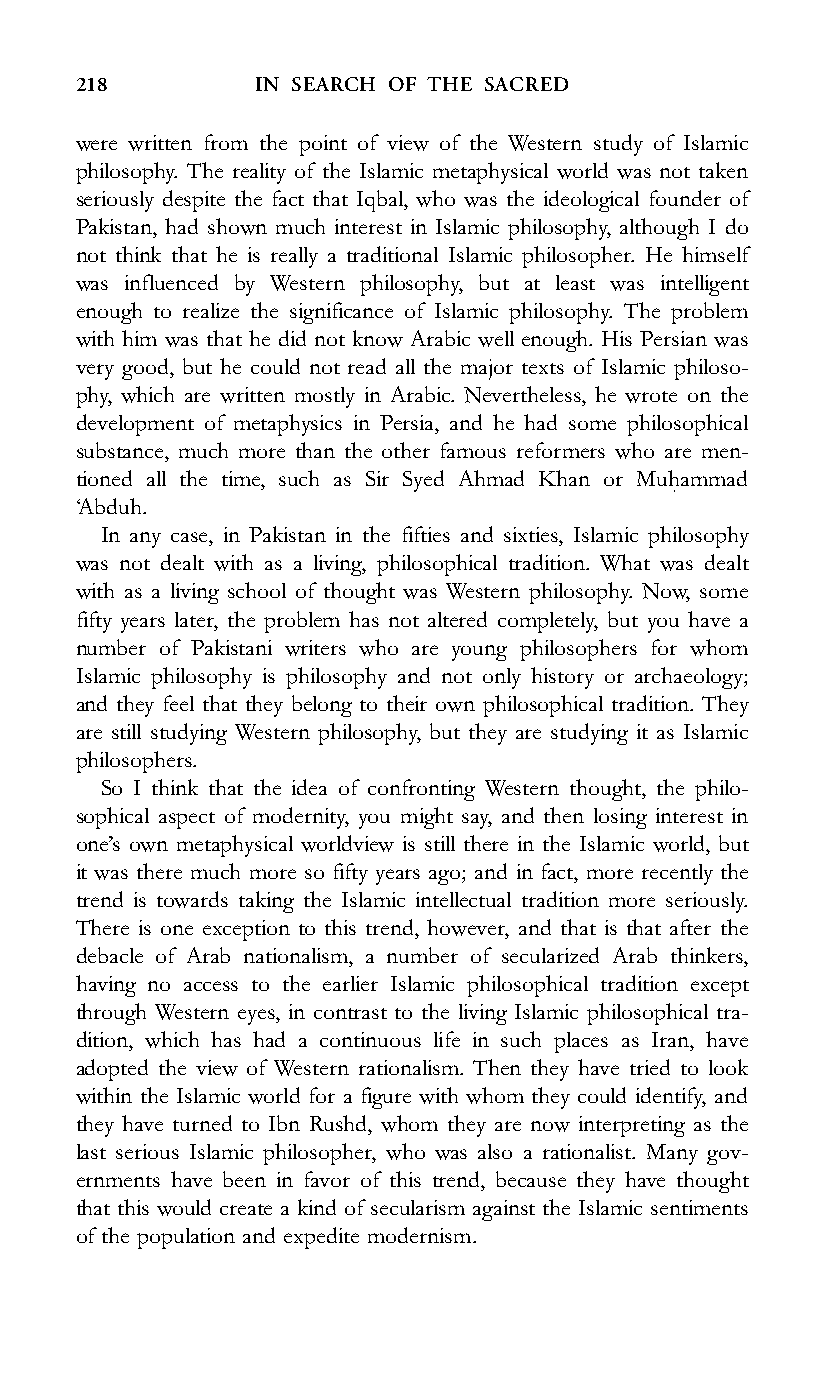
218         IN SEARCH OF THE SACRED
 were written from the point of view of the Western study of Islamic
 philosophy. The reality of the Islamic metaphysical world was not taken
 seriously despite the fact that Iqbal, who was the ideological founder of
 Pakistan, had shown much interest in Islamic philosophy, although I do
 not think that he is really a traditional Islamic philosopher. He himself
 was influenced by Western philosophy, but at least was intelligent
 enough to realize the significance of Islamic philosophy. The problem
 with him was that he did not know Arabic well enough. His Persian was
 very good, but he could not read all the major texts of Islamic philoso-
 phy, which are written mostly in Arabic. Nevertheless, he wrote on the
 development of metaphysics in Persia, and he had some philosophical
 substance, much more than the other famous reformers who are men-
 tioned all the time, such as Sir Syed Ahmad Khan or Muhammad
 :
 ‘Abduh.
 In any case, in Pakistan in the fifties and sixties, Islamic philosophy
 was not dealt with as a living, philosophical tradition. What was dealt
 with as a living school of thought was Western philosophy. Now, some
 fifty years later, the problem has not altered completely, but you have a
 number of Pakistani writers who are young philosophers for whom
 Islamic philosophy is philosophy and not only history or archaeology;
 and they feel that they belong to their own philosophical tradition. They
 are still studying Western philosophy, but they are studying it as Islamic
 philosophers.
 So I think that the idea of confronting Western thought, the philo-
 sophical aspect of modernity, you might say, and then losing interest in
 one’s own metaphysical worldview is still there in the Islamic world, but
 it was there much more so fifty years ago; and in fact, more recently the
 trend is towards taking the Islamic intellectual tradition more seriously.
 There is one exception to this trend, however, and that is that after the
 debacle of Arab nationalism, a number of secularized Arab thinkers,
 having no access to the earlier Islamic philosophical tradition except
 through Western eyes, in contrast to the living Islamic philosophical tra-
 dition, which has had a continuous life in such places as Iran, have
 adopted the view of Western rationalism. Then they have tried to look
 within the Islamic world for a figure with whom they could identify, and
 they have turned to Ibn Rushd, whom they are now interpreting as the
 last serious Islamic philosopher, who was also a rationalist. Many gov-
 ernments have been in favor of this trend, because they have thought
 that this would create a kind of secularism against the Islamic sentiments
 of the population and expedite modernism.